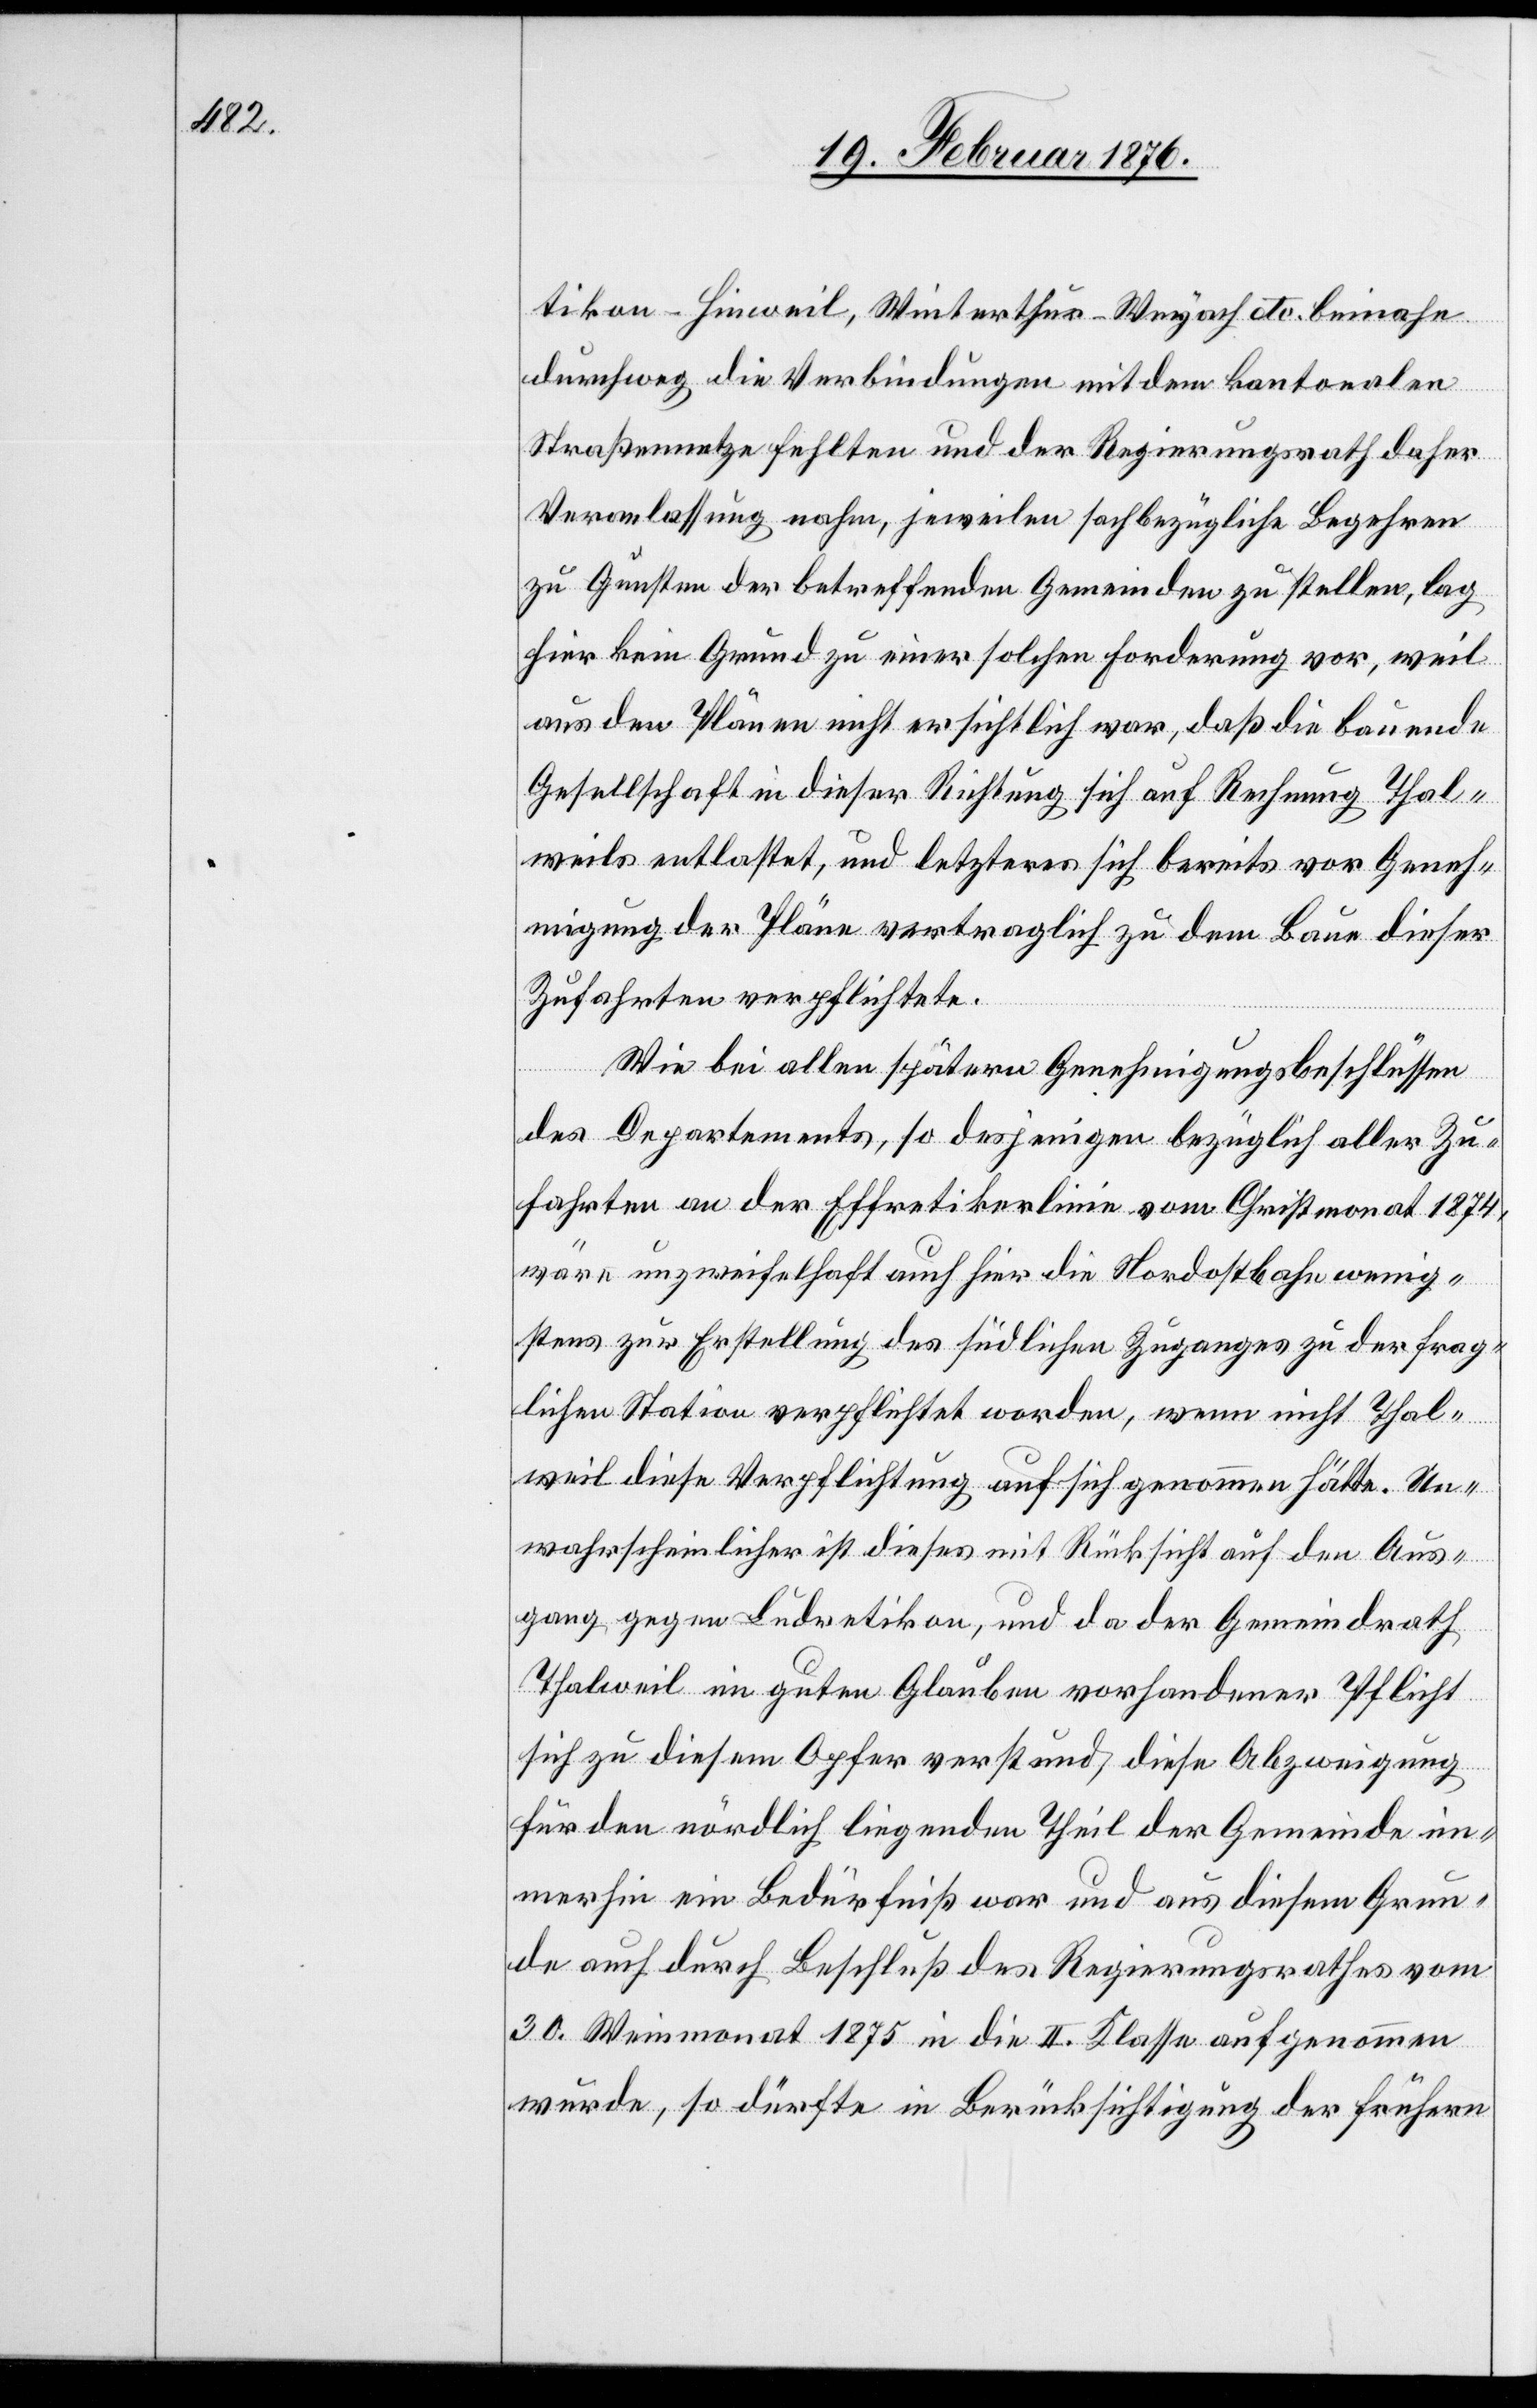
tikon–Hinwil, Winterthur–Weyach etc. beinahe
durchweg die Verbindungen mit dem kantonalen
Straßennetze fehlten und der Regierungsrath daher
Veranlassung nahm, jeweilen sachbezügliche Begehren
zu Gunsten der betreffenden Gemeinden zu stellen, lag
hier kein Grund zu einer solchen Forderung vor, weil
aus den Plänen nicht ersichtlich war, daß die bauende
Gesellschaft in dieser Richtung sich auf Rechnung Thal¬
weils entlastet, und letzteres sich bereits vor Geneh¬
migung der Pläne vertraglich zu dem Baue dieser
Zufahrten verpflichtete.
Wie bei allen späteren Genehmigungsbeschlüssen
des Departements, so desjenigen bezüglich aller Zu¬
fahrten an der Effretikonlinie vom Christmonat 1874,
wäre unzweifelhaft auch für die Nordostbahn wenig¬
stens zur Erstellung des südlichen Zuganges zu der frag¬
lichen Station verpflichtet worden, wenn nicht Thal¬
weil diese Verpflichtung auf sich genommen hätte. Un¬
wahrscheinlicher ist dieses mit Rücksicht auf den Aus¬
gang gegen Ludretikon, und da der Gemeindrath
Thalweil im guten Glauben vorhandener Pflicht
sich zu diesem Opfer verstand, diese Abzweigung
für den nördlich liegenden Theil der Gemeinde im¬
merhin ein Bedürfniß war und aus diesem Grun¬
de auch durch Beschluß des Regierungsrathes vom
30. Weinmonat 1875 in die II. Klasse aufgenommen
wurde, so dürfte in Berücksichtigung der frühern